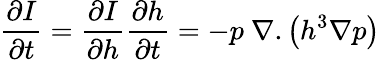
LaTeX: \frac{\partial I}{\partial t}=\frac{\partial I}{\partial h}\frac{\partial h}{\partial t}=-p\ \nabla.\left(h^{3}\nabla p\right)